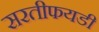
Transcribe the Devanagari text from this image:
सरतीफयडी